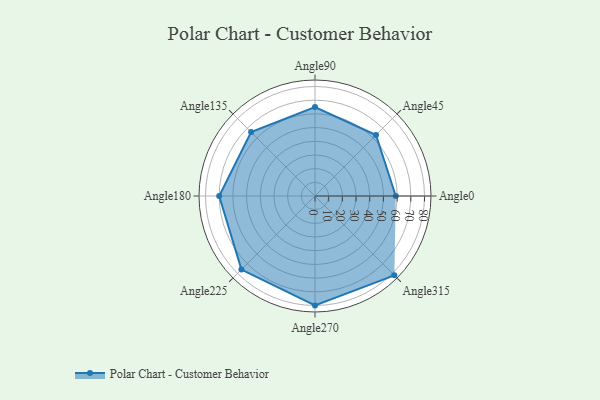
{"axis": {"x": "Angle", "y": "Radius"}, "legend": [""], "data": [{"x": "Angle0", "y": 59.0, "type": ""}, {"x": "Angle45", "y": 63.0, "type": ""}, {"x": "Angle90", "y": 65.0, "type": ""}, {"x": "Angle135", "y": 66.0, "type": ""}, {"x": "Angle180", "y": 70.0, "type": ""}, {"x": "Angle225", "y": 76.0, "type": ""}, {"x": "Angle270", "y": 80.0, "type": ""}, {"x": "Angle315", "y": 82.0, "type": ""}]}